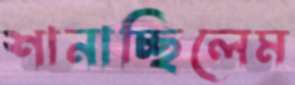
শানাচ্ছিলেম